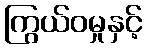
ကြွယ်ဝမှုနှင့်